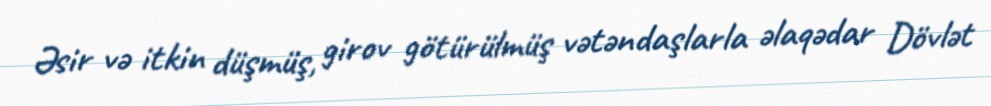
Əsir və itkin düşmüş, girov götürülmüş vətəndaşlarla əlaqədar Dövlət